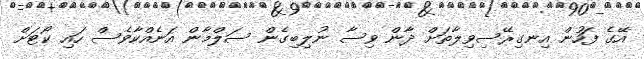
އޭގެ ފަހުން އިނގިރޭސިވިލާތަށް ދާން ވިސާ ނުލިބިގެން ސަލްމާން އަނެއްކާވެސް ހައި ކޯޓަށް